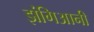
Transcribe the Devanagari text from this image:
झंगिआनी